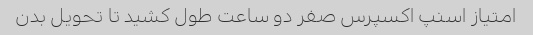
امتیاز اسنپ اکسپرس صفر دو ساعت طول کشید تا تحویل بدن